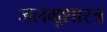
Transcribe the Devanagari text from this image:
जलभूशास्त्र